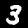
Digit: 3